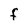
Character: F